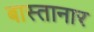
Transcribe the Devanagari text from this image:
बास्तानार